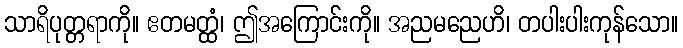
သာရိပုတ္တရာကို။ ဧတမတ္ထံ၊ ဤအကြောင်းကို။ အညမညေဟိ၊ တပါးပါးကုန်သော။